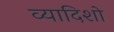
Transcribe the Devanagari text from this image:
व्यादिशो